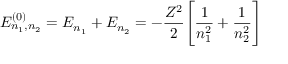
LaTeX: E _ { n _ { 1 } , n _ { 2 } } ^ { ( 0 ) } = E _ { n _ { 1 } } + E _ { n _ { 2 } } = - { \frac { Z ^ { 2 } } { 2 } } { \Bigg [ } { \frac { 1 } { n _ { 1 } ^ { 2 } } } + { \frac { 1 } { n _ { 2 } ^ { 2 } } } { \Bigg ] }